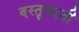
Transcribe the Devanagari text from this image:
वस्तूसाठी